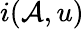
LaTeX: i(\mathcal{A},u)